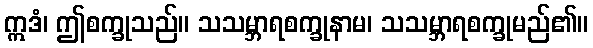
ဣဒံ၊ ဤစက္ခုသည်။ သသမ္ဘာရစက္ခုနာမ၊ သသမ္ဘာရစက္ခုမည်၏။